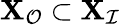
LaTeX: {\mathbf{X}}_{\mathcal{O}}\subset\mathbf{X}_{\mathcal{I}}